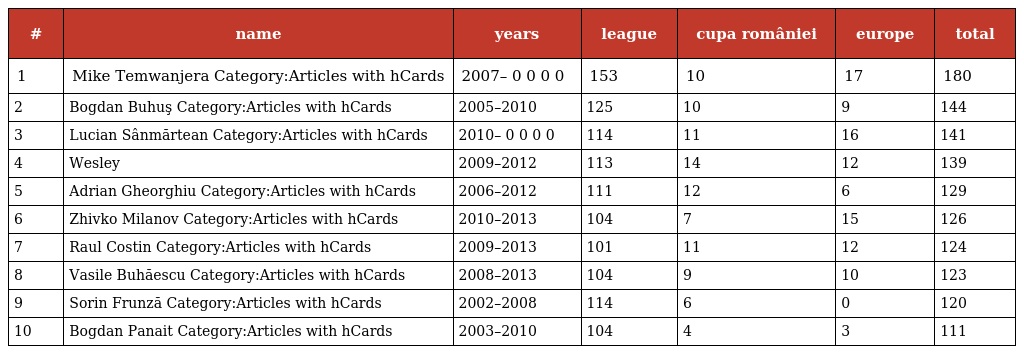
| # | name | years | league | cupa româniei | europe | total |
 | --- | --- | --- | --- | --- | --- | --- |
 | 1 | Mike Temwanjera Category:Articles with hCards | 2007– 0 0 0 0 | 153 | 10 | 17 | 180 |
 | 2 | Bogdan Buhuş Category:Articles with hCards | 2005–2010 | 125 | 10 | 9 | 144 |
 | 3 | Lucian Sânmărtean Category:Articles with hCards | 2010– 0 0 0 0 | 114 | 11 | 16 | 141 |
 | 4 | Wesley | 2009–2012 | 113 | 14 | 12 | 139 |
 | 5 | Adrian Gheorghiu Category:Articles with hCards | 2006–2012 | 111 | 12 | 6 | 129 |
 | 6 | Zhivko Milanov Category:Articles with hCards | 2010–2013 | 104 | 7 | 15 | 126 |
 | 7 | Raul Costin Category:Articles with hCards | 2009–2013 | 101 | 11 | 12 | 124 |
 | 8 | Vasile Buhăescu Category:Articles with hCards | 2008–2013 | 104 | 9 | 10 | 123 |
 | 9 | Sorin Frunză Category:Articles with hCards | 2002–2008 | 114 | 6 | 0 | 120 |
 | 10 | Bogdan Panait Category:Articles with hCards | 2003–2010 | 104 | 4 | 3 | 111 |